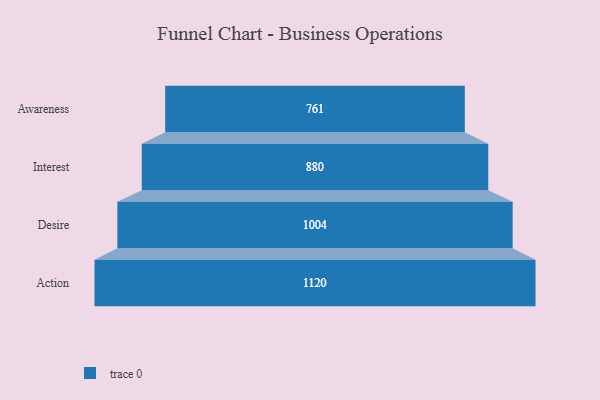
{"axis": {"x": "Stage", "y": "Value"}, "legend": [""], "data": [{"x": "Awareness", "y": 761.0, "type": ""}, {"x": "Interest", "y": 880.0, "type": ""}, {"x": "Desire", "y": 1004.0, "type": ""}, {"x": "Action", "y": 1120.0, "type": ""}]}